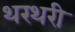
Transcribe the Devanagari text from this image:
थरथरी